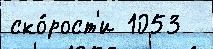
ско́рост'и 1053